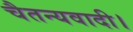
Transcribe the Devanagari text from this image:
चैतन्यवादी।